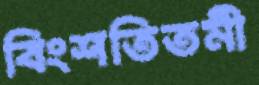
বিংশতিতমী